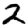
Digit: 2